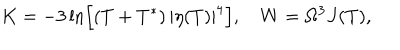
LaTeX: K = - 3 \ln \left[ ( T + T ^ { * } ) \, | \eta ( T ) | ^ { 4 } \right] , \quad W = \Omega ^ { 3 } J ( T ) ,